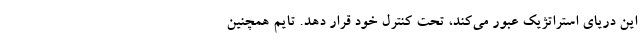
این دریای استراتژیک عبور می‌کند، تحت کنترل خود قرار دهد. تایم همچنین